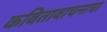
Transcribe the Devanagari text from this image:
कवितावाचनाचा